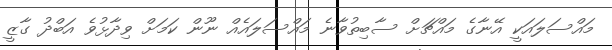
މައްސަލައަކީ އޭނާގެ މައްޗަށް ސާބިތުވާނެ މައްސަލައެއް ނޫން ކަމަށް ވިދާޅުވެ އަބްދު ގާޒީ